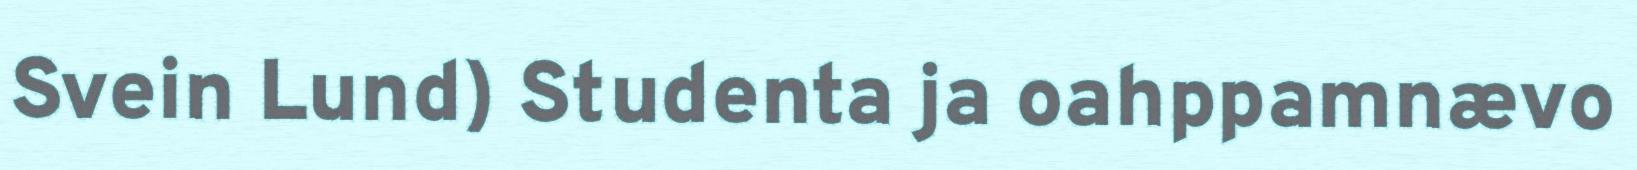
Svein Lund) Studenta ja oahppamnævo